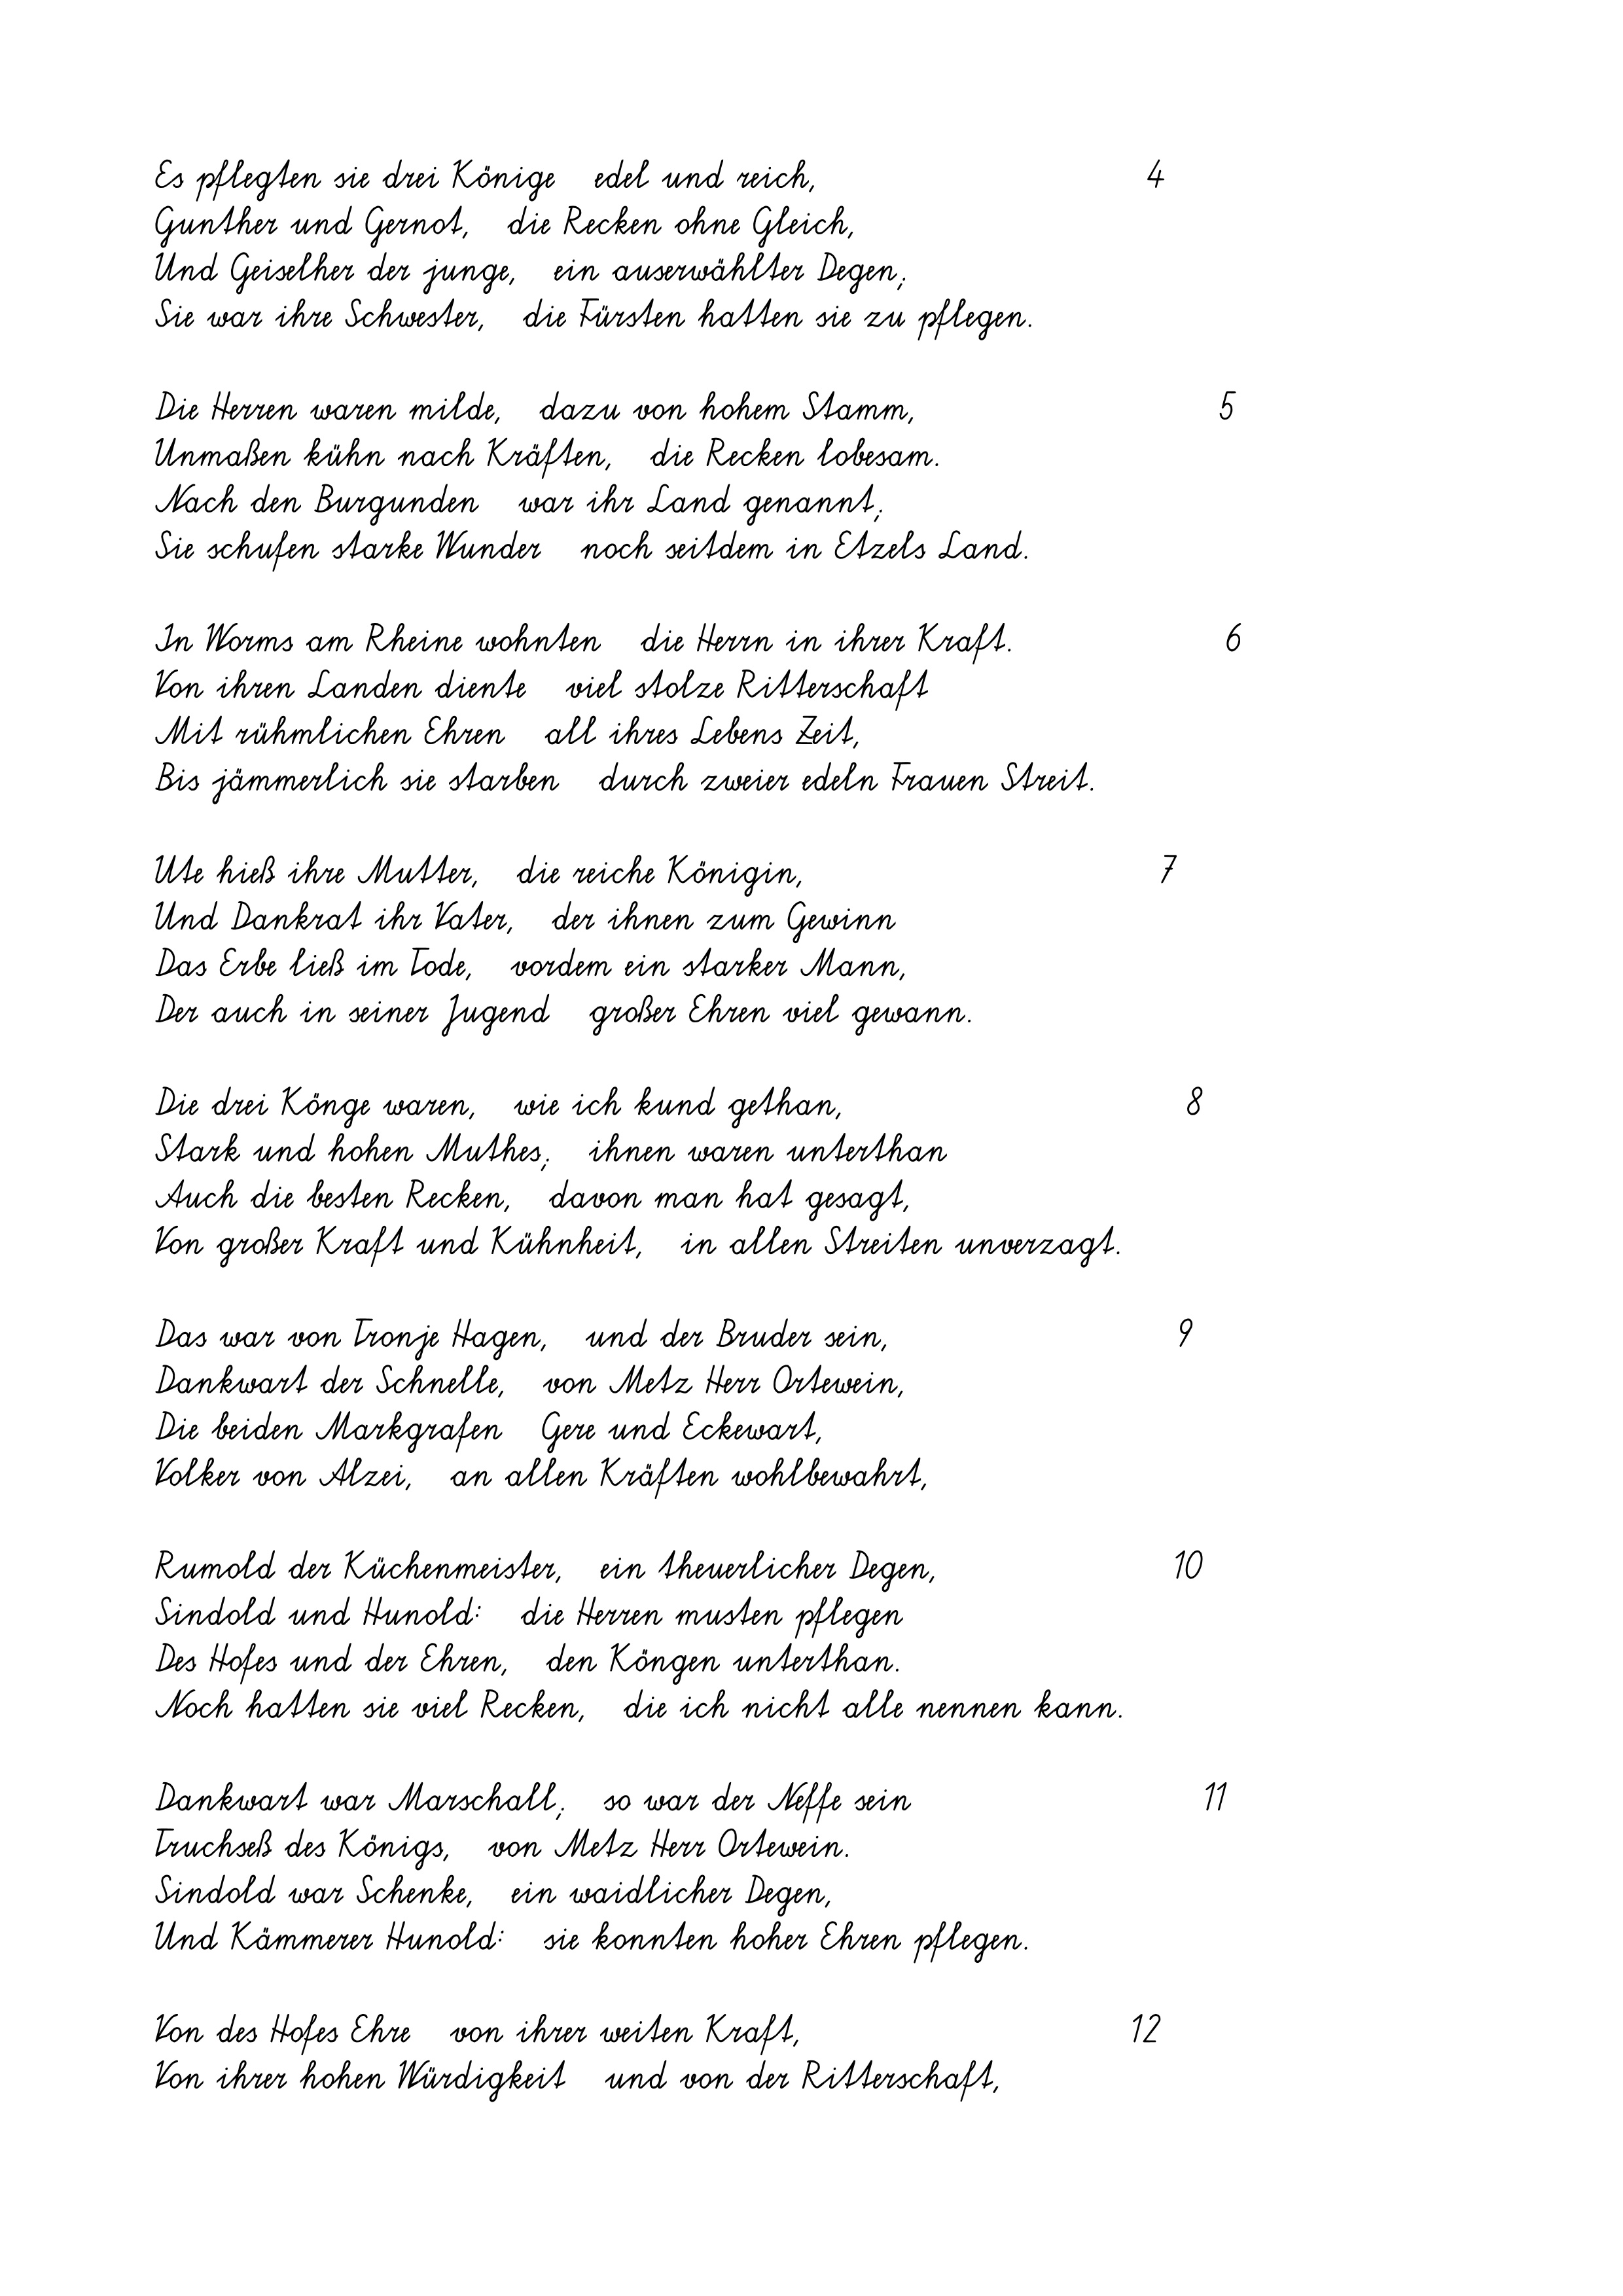
Es pflegten sie drei Könige   edel und reich,
Gunther und Gernot,   die Recken ohne Gleich,
Und Geiselher der junge,   ein auserwählter Degen
Sie war ihre Schwester,   die Fürsten hatten sie zu pflegen.
Die Herren waren milde,   dazu von hohem Stamm,
Unmaßen kühn nach Kräften,   die Recken lobesam.
Nach den Burgunden   war ihr Land genannt
Sie schufen starke Wunder   noch seitdem in Etzels Land.
In Worms am Rheine wohnten   die Herrn in ihrer Kraft.
Von ihren Landen diente   viel stolze Ritterschaft
Mit rühmlichen Ehren   all ihres Lebens Zeit,
Bis jämmerlich sie starben   durch zweier edeln Frauen Streit.
Ute hieß ihre Mutter,   die reiche Königin,
Und Dankrat ihr Vater,   der ihnen zum Gewinn
Das Erbe ließ im Tode,   vordem ein starker Mann,
Der auch in seiner Jugend   großer Ehren viel gewann.
Die drei Könge waren,   wie ich kund gethan,
Stark und hohen Muthes;   ihnen waren unterthan
Auch die besten Recken,   davon man hat gesagt,
Von großer Kraft und Kühnheit,   in allen Streiten unverzagt.
Das war von Tronje Hagen,   und der Bruder sein,
Dankwart der Schnelle,   von Metz Herr Ortewein,
Die beiden Markgrafen   Gere und Eckewart,
Volker von Alzei,   an allen Kräften wohlbewahrt,
Rumold der Küchenmeister,   ein theuerlicher Degen,
Sindold und Hunold:   die Herren musten pflegen
Des Hofes und der Ehren,   den Köngen unterthan.
Noch hatten sie viel Recken,   die ich nicht alle nennen kann.
Dankwart war Marschall;   so war der Neffe sein
Truchseß des Königs,   von Metz Herr Ortewein.
Sindold war Schenke,   ein waidlicher Degen
Und Kämmerer Hunold:   sie konnten hoher Ehren pflegen.
Von des Hofes Ehre   von ihrer weiten Kraft,
Von ihrer hohen Würdigkeit   und von der Ritterschaft,

5

7

9

12

4

10

8

11

6